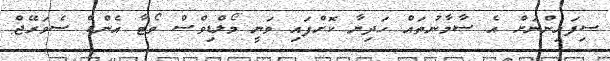
ސިފައިންނަށް އެ ސާމާނުތައް ހަދިޔާ ކޮށްފައި ވަނީ މޯލްޑިވްސް ވޯޓާ އެންޑް ސެވަރޭޖް